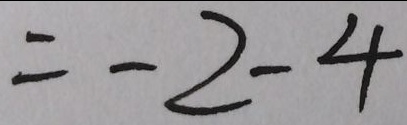
= - 2 - 4